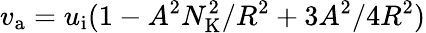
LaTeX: v_{\mathrm{a}}=u_{\mathrm{i}}(1-A^{2}N_{\mathrm{K}}^{2}/R^{2}+3A^{2}/4R^{2})